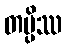
တမ္ပိဿ